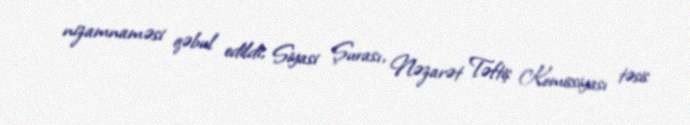
nizamnaməsi qəbul edildi, Siyasi Şurası, Nəzarət Təftiş Komissiyası təsis